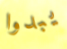
يبدوا